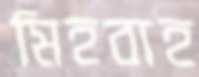
মিহবাহ